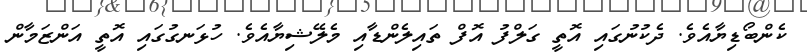
ކެންބޯޑިޔާއެވެ. ދެކުނުގައި އޮތީ ގަލްފު އޮފް ތައިލެންޑާއި މެލޭޝިޔާއެވެ. ހުޅަނގުގައި އޮތީ އަންޒަމާން